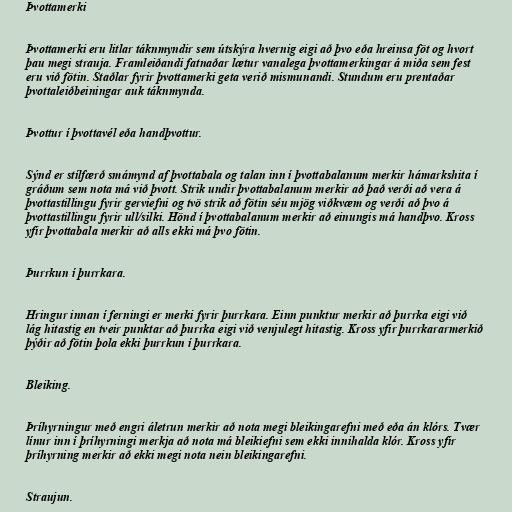
Þvottamerki

Þvottamerki eru litlar táknmyndir sem útskýra hvernig eigi að þvo eða hreinsa föt og hvort
þau megi strauja. Framleiðandi fatnaðar lætur vanalega þvottamerkingar á miða sem fest
eru við fötin. Staðlar fyrir þvottamerki geta verið mismunandi. Stundum eru prentaðar
þvottaleiðbeiningar auk táknmynda.

Þvottur í þvottavél eða handþvottur.

Sýnd er stílfærð smámynd af þvottabala og talan inn í þvottabalanum merkir hámarkshita í
gráðum sem nota má við þvott. Strik undir þvottabalanum merkir að það verði að vera á
þvottastillingu fyrir gerviefni og tvö strik að fötin séu mjög viðkvæm og verði að þvo á
þvottastillingu fyrir ull/silki. Hönd í þvottabalanum merkir að einungis má handþvo. Kross
yfir þvottabala merkir að alls ekki má þvo fötin.

Þurrkun í þurrkara.

Hringur innan í ferningi er merki fyrir þurrkara. Einn punktur merkir að þurrka eigi við
lág hitastig en tveir punktar að þurrka eigi við venjulegt hitastig. Kross yfir þurrkararmerkið
þýðir að fötin þola ekki þurrkun í þurrkara.

Bleiking.

Þríhyrningur með engri áletrun merkir að nota megi bleikingarefni með eða án klórs. Tvær
línur inn í þríhyrningi merkja að nota má bleikiefni sem ekki innihalda klór. Kross yfir
þríhyrning merkir að ekki megi nota nein bleikingarefni.

Straujun.